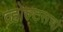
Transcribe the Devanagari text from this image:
व्होल्टसचा